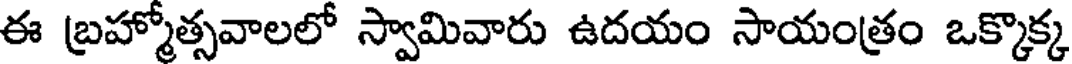
ఈ బ్రహ్మోత్సవాలలో స్వామివారు ఉదయం సాయంత్రం ఒక్కొక్క